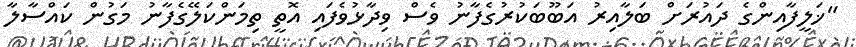
"ޚަލީފާއިންގެ ދައުރަށް ބަލާއިރު އަބޫބަކުރުގެފާނު ވެސް ވިދާޅުވެފައި އޮތީ ތިމަންކަލޭގެފާނު މަގުން ކައްސާލާ